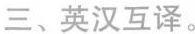
三、英汉互译。